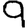
Digit: 9